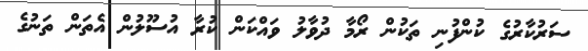
ސަރުކާރުގެ ކުންފުނި ތަކުން ރޯމާ ދުވާލު ވައްކަން ކުރާ އުސޫލުން އެތަން ތަނުގެ